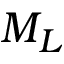
M _ { L }